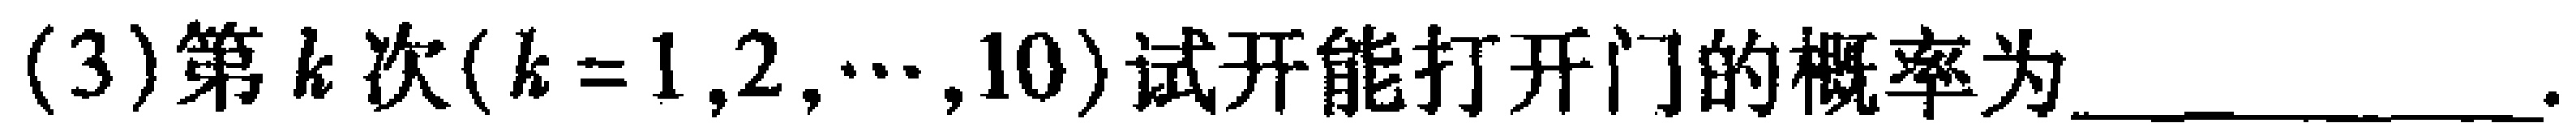
(3)第$k$次($k = 1,2,\cdots,10$)试开能打开门的概率为____________.